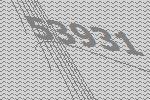
53931